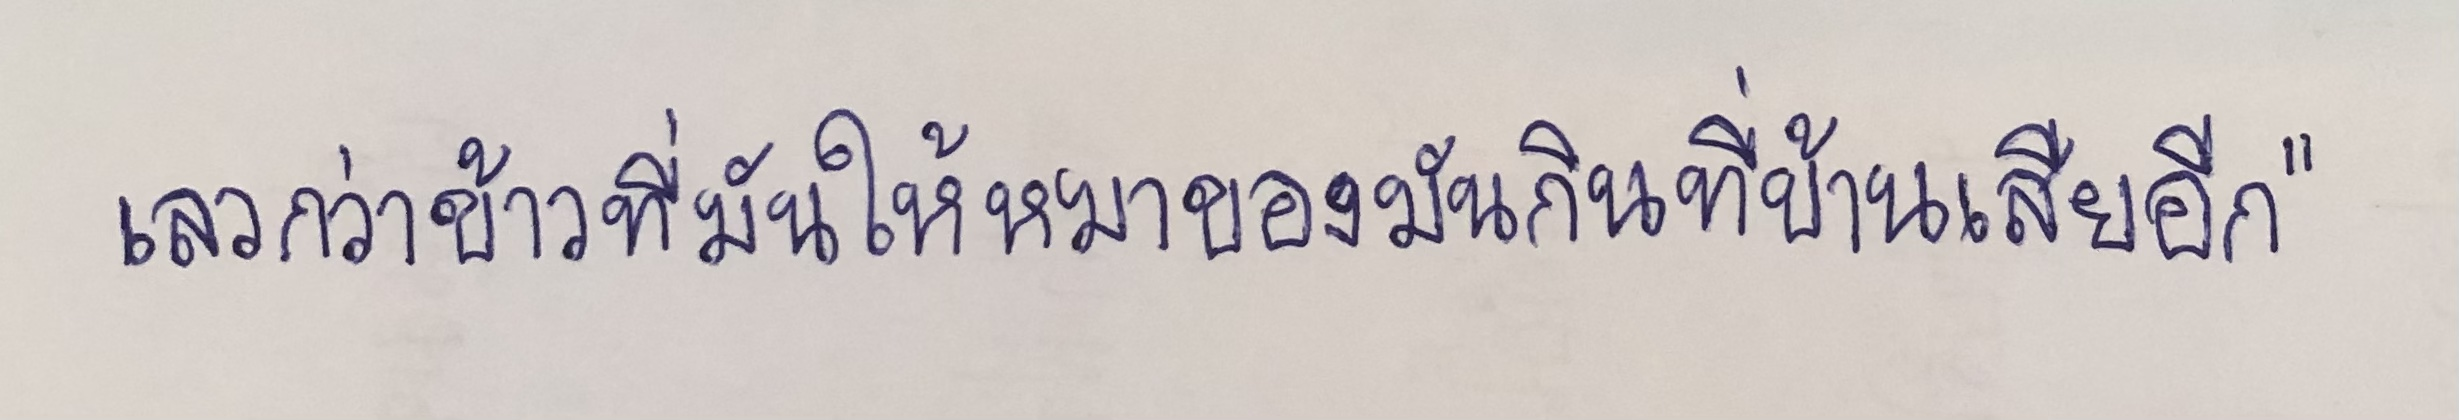
เลวกว่าข้าวที่มันให้หมาของมันกินที่บ้านเสียอีก"